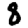
Digit: 8